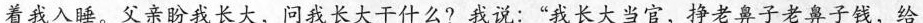
着我入睡。父亲盼我长大，问我长大干什么?我说：”我长大当官，挣老鼻子老鼻子钱，给